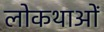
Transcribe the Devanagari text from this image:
लोकथाओं